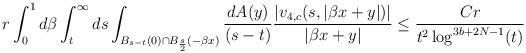
LaTeX: \begin{align*} &r \int_{0}^{1}d\beta \int_{t}^{\infty} ds \int_{B_{s-t}(0) \cap B_{\frac{s}{2}}(-\beta x)} \frac{dA(y)}{(s-t)} \frac{|v_{4,c}(s,|\beta x+y|)|}{|\beta x+y|}\leq \frac{C r}{t^{2}\log^{3b+2N-1}(t)}\end{align*}